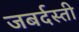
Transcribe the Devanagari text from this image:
जबर्दस्‍ती